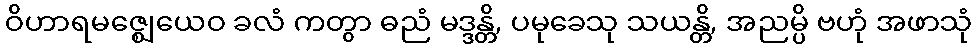
ဝိဟာရမဇ္ဈေယေဝ ခလံ ကတွာ ဓညံ မဒ္ဒန္တိ, ပမုခေသု သယန္တိ, အညမ္ပိ ဗဟုံ အဖာသုံ